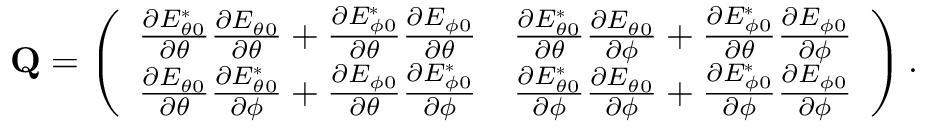
\mathbf { Q } = \left( \begin{array} { l l } { \frac { \partial E _ { \theta 0 } ^ { * } } { \partial \theta } \frac { \partial E _ { \theta 0 } } { \partial \theta } + \frac { \partial E _ { \phi 0 } ^ { * } } { \partial \theta } \frac { \partial E _ { \phi 0 } } { \partial \theta } } & { \frac { \partial E _ { \theta 0 } ^ { * } } { \partial \theta } \frac { \partial E _ { \theta 0 } } { \partial \phi } + \frac { \partial E _ { \phi 0 } ^ { * } } { \partial \theta } \frac { \partial E _ { \phi 0 } } { \partial \phi } } \\ { \frac { \partial E _ { \theta 0 } } { \partial \theta } \frac { \partial E _ { \theta 0 } ^ { * } } { \partial \phi } + \frac { \partial E _ { \phi 0 } } { \partial \theta } \frac { \partial E _ { \phi 0 } ^ { * } } { \partial \phi } } & { \frac { \partial E _ { \theta 0 } ^ { * } } { \partial \phi } \frac { \partial E _ { \theta 0 } } { \partial \phi } + \frac { \partial E _ { \phi 0 } ^ { * } } { \partial \phi } \frac { \partial E _ { \phi 0 } } { \partial \phi } } \end{array} \right) .